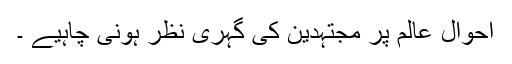
احوال عالم پر مجتہدین کی گہری نظر ہونی چاہیے ۔